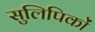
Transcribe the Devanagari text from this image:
सुलिपिकों